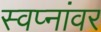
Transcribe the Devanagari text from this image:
स्वप्नांवर